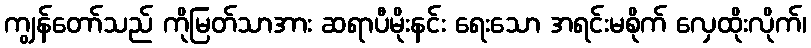
ကျွန်တော်သည် ကိုမြတ်သာအား ဆရာပီမိုးနင်း ရေးသော အရင်းမစိုက် လှေထိုးလိုက်၊